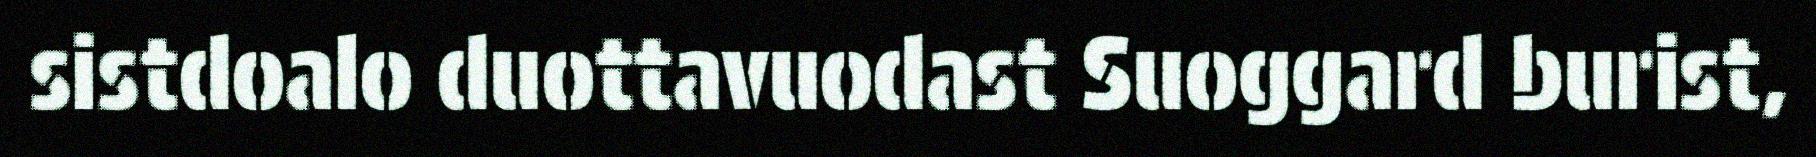
sistdoalo duottavuodast Suoggard burist,